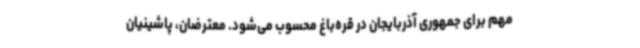
مهم برای جمهوری آذربایجان در قره‌باغ محسوب می‌شود. معترضان، پاشینیان